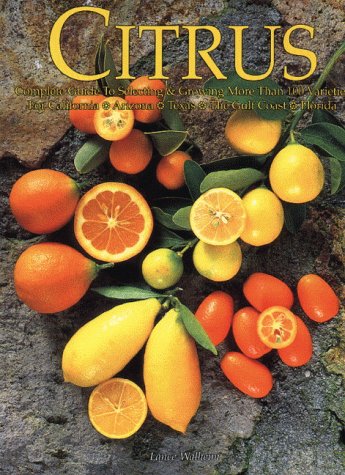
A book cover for Citrus: Complete Guide to Selecting & Growing More Than 100 Varieties for California, Arizona Texas, the Gulf Coast and Florida (Illustrated); Lance Walheim; Crafts, Hobbies & Home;